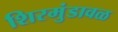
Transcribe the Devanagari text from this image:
शिरमुंडावळ